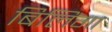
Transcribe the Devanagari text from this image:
बिलिंगा